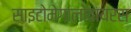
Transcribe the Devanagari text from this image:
साइटोमेगालोवायरस